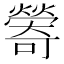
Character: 𪹽